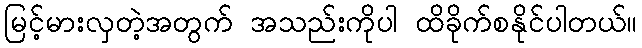
မြင့်မားလှတဲ့အတွက် အသည်းကိုပါ ထိခိုက်စနိုင်ပါတယ်။